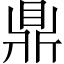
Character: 鼎